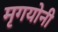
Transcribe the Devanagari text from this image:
मृगयोनी